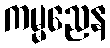
ကမ္မညေန